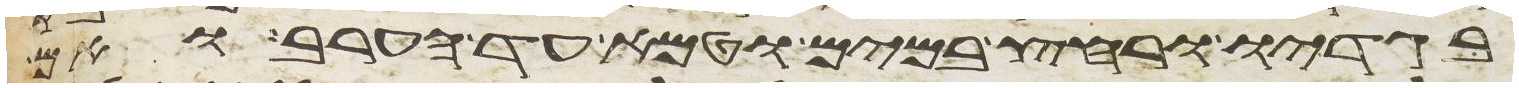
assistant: בגדיו ורחץ במים וטמא עד הערב ואם